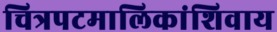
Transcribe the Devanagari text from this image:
चित्रपटमालिकांशिवाय